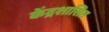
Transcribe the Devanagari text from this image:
केँद्रशासित